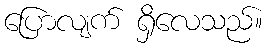
ပြောလျက် ရှိလေသည်။